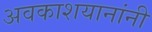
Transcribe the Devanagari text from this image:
अवकाशयानांनी